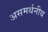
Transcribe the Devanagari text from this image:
असमर्थनीय